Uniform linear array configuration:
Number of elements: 64
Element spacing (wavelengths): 0.5
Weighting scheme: hann
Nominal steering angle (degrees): -15
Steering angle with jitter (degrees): -14.952
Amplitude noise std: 0.05
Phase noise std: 0.05

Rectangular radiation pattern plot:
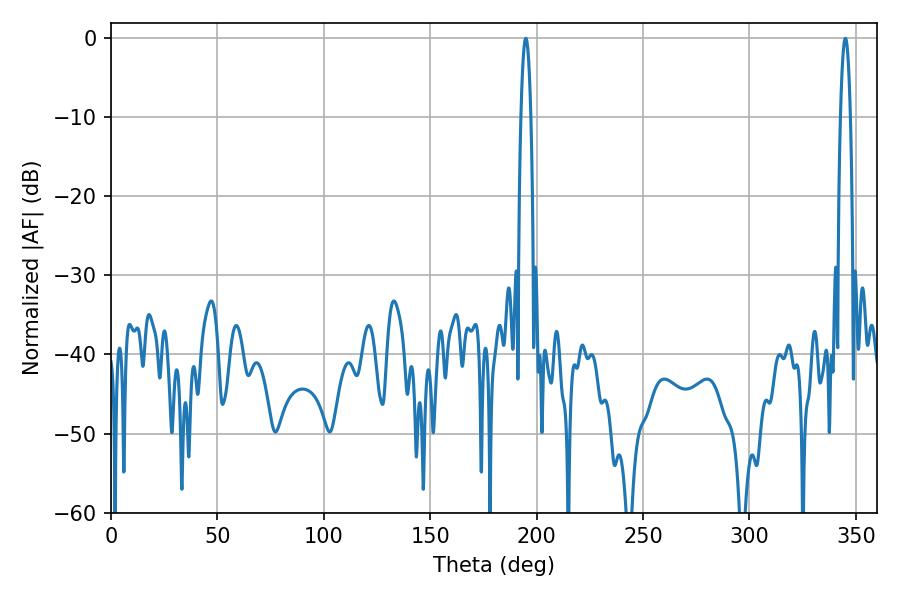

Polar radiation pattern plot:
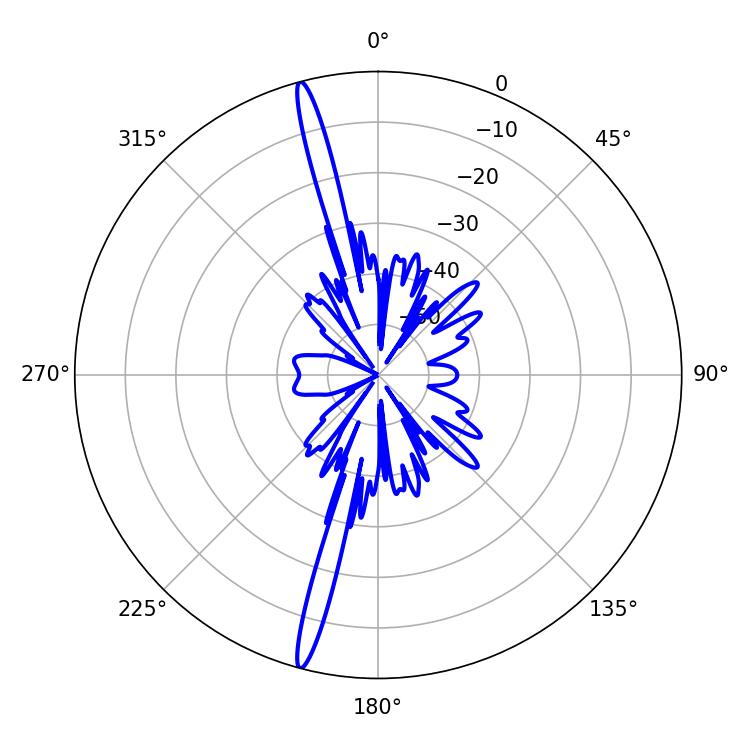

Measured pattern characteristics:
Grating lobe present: FALSE
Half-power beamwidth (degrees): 2.52
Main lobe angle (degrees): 194.94